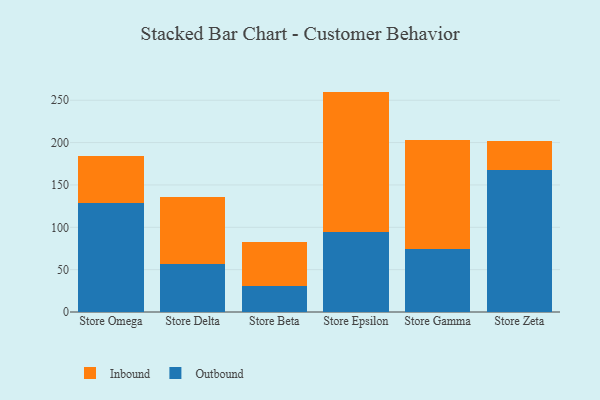
{"axis": {"x": "Store", "y": "Temperature (°C)"}, "legend": ["Inbound", "Outbound"], "data": [{"x": "Store Omega", "y": 128.3, "type": "Outbound"}, {"x": "Store Omega", "y": 55.7, "type": "Inbound"}, {"x": "Store Delta", "y": 56.4, "type": "Outbound"}, {"x": "Store Delta", "y": 79.8, "type": "Inbound"}, {"x": "Store Beta", "y": 31.0, "type": "Outbound"}, {"x": "Store Beta", "y": 52.0, "type": "Inbound"}, {"x": "Store Epsilon", "y": 94.7, "type": "Outbound"}, {"x": "Store Epsilon", "y": 165.5, "type": "Inbound"}, {"x": "Store Gamma", "y": 74.4, "type": "Outbound"}, {"x": "Store Gamma", "y": 129.0, "type": "Inbound"}, {"x": "Store Zeta", "y": 167.2, "type": "Outbound"}, {"x": "Store Zeta", "y": 34.6, "type": "Inbound"}]}